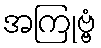
အကြုဗ္ဗံ